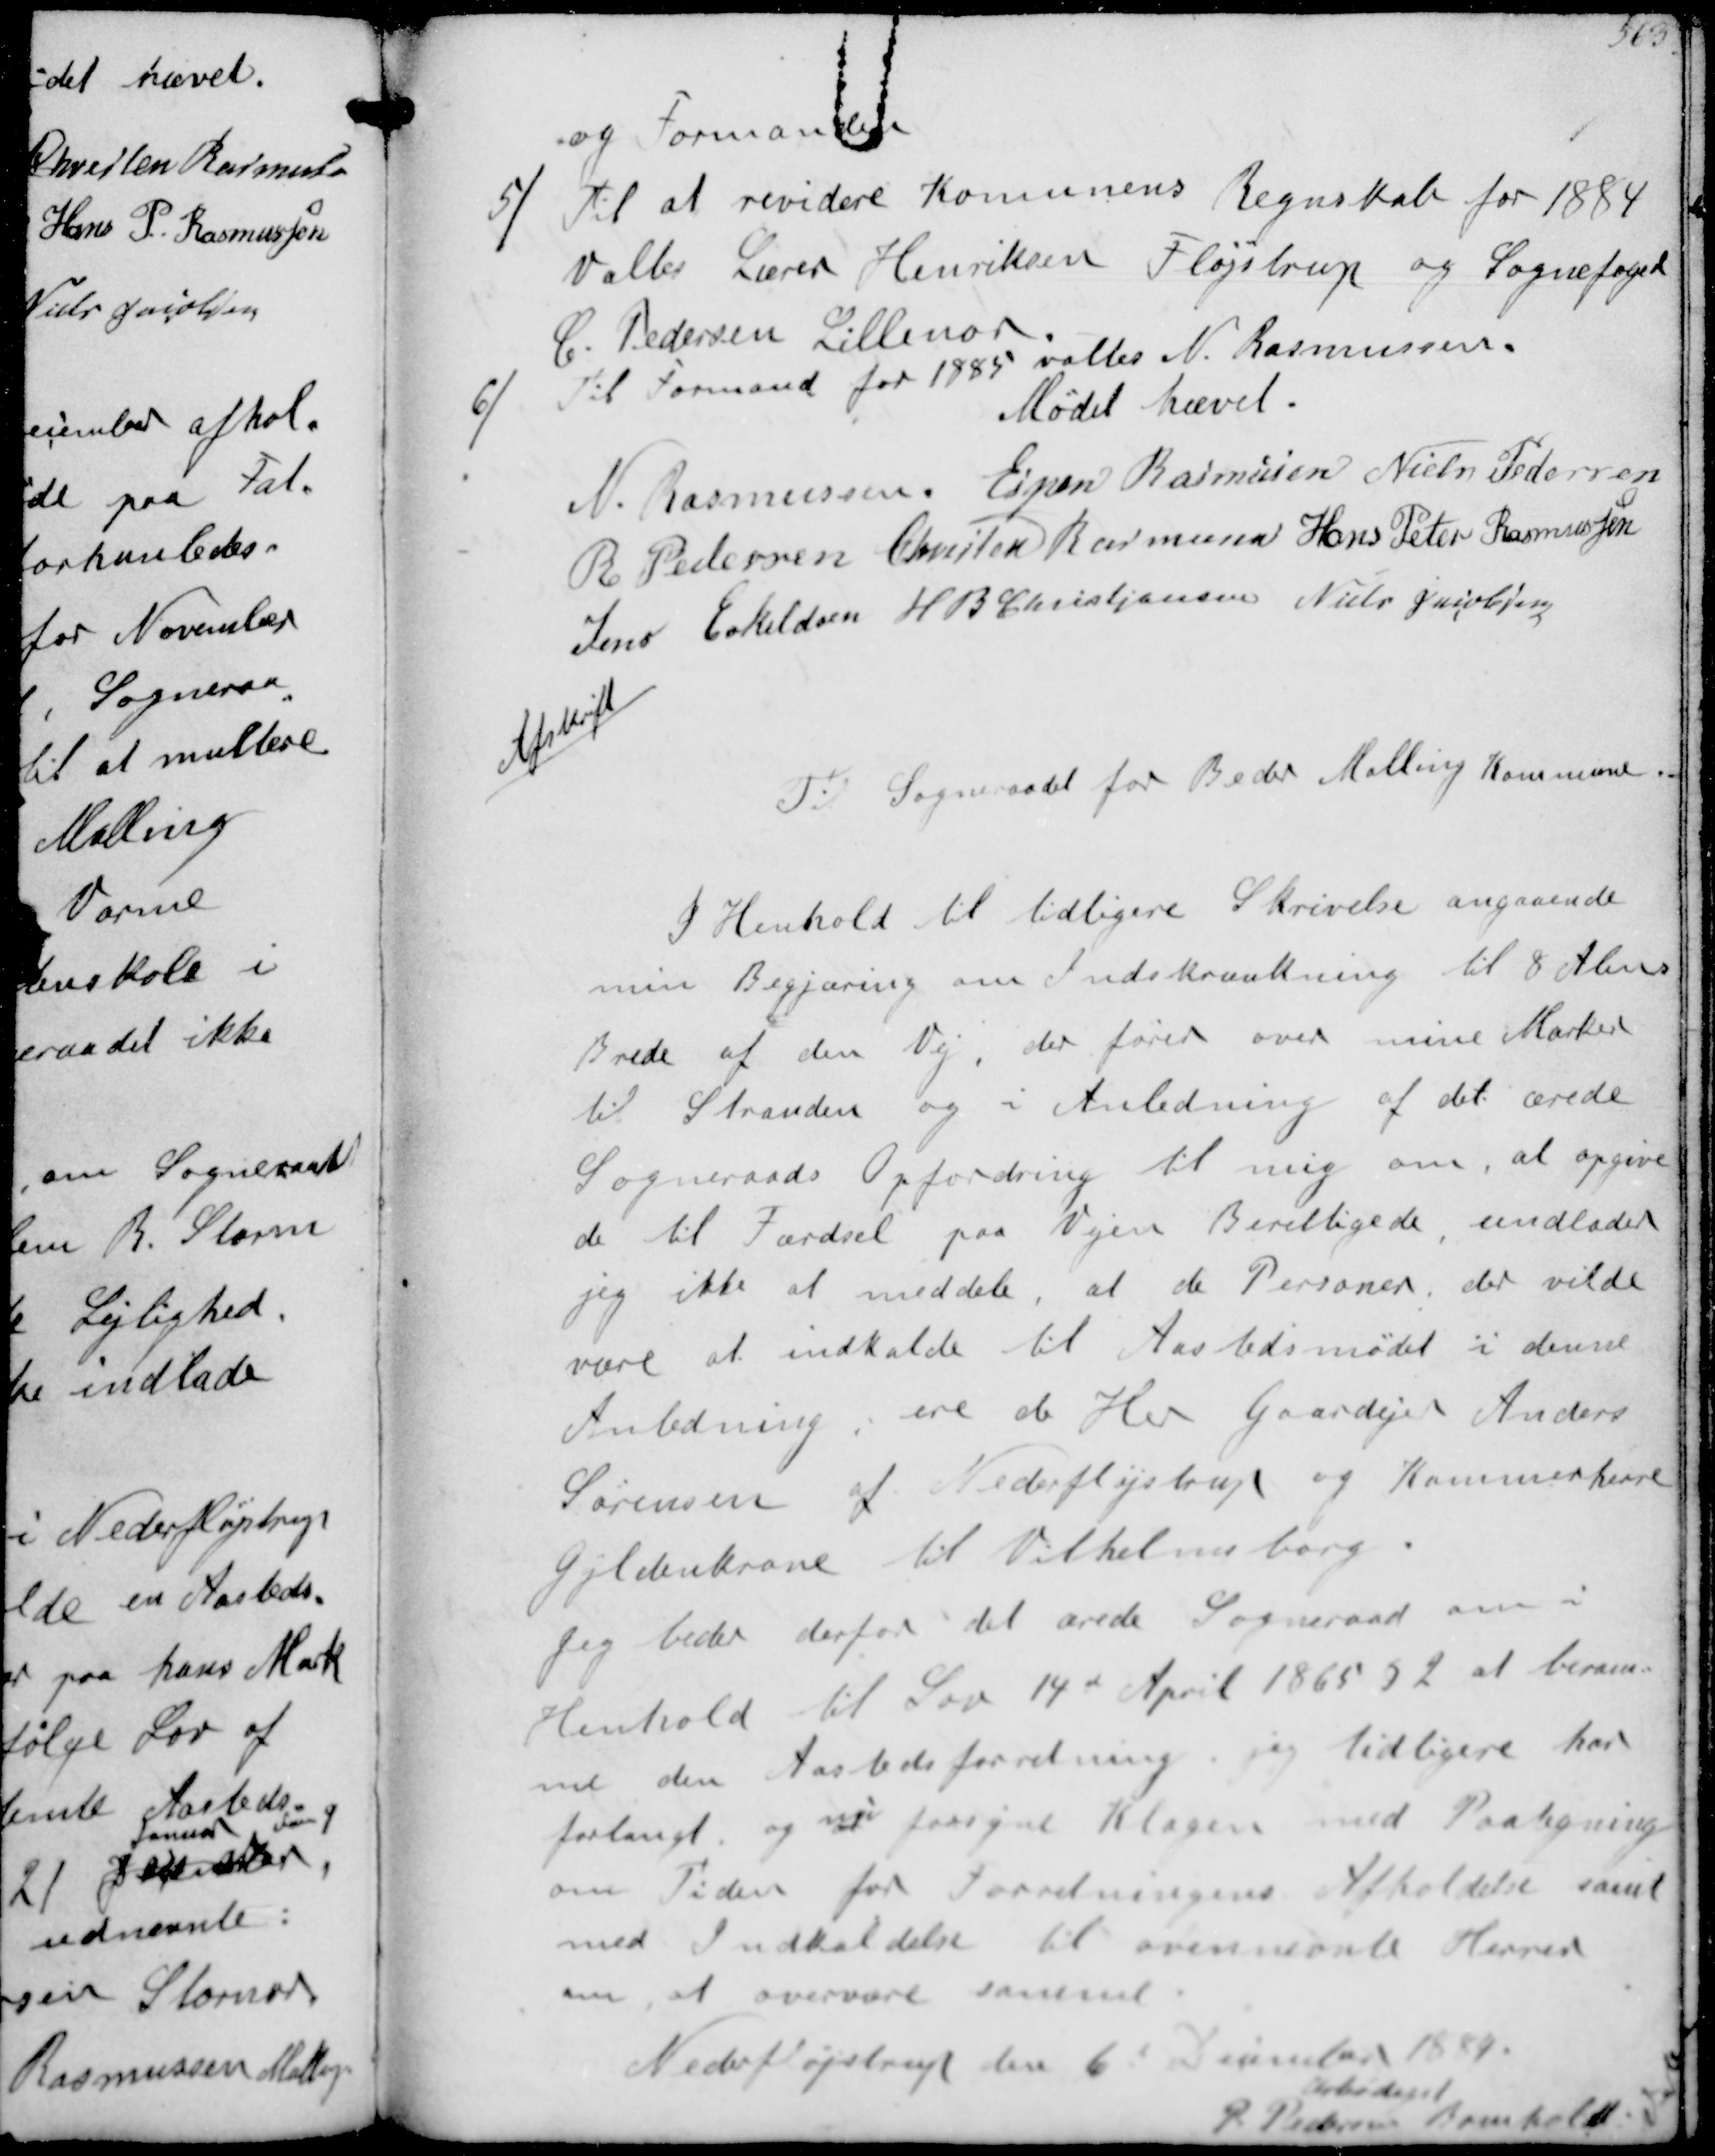
Transskription:
og Formanden
5/
Til ar revidere Kommunens Regnskab for 1884
Valtes Lærer Henriksen Fløjstrup og Sognefoged
C Pedersen Lillenor
6/
Til Formand for 1885 valtes N Rasmussen
Mødet hævet
N Rasmussen
Espen Rasmussen
Niels Pedersen
R Pedersen
Christen Rasmussen
Hans Peter Rasmussen
Jens Eskeldsen
H B Christjansen
Niels Jacobsen

Afskrift

Til Sogneraadet for Beder Malling Kommune

I Henhold til tidligere Skrivelse angaaende
min Begjæring om Indskrænkning til 8 Alen
Brede af den Vej, der fører over mine Marker
til Stranden og i Anledning af det ærede
Sogneraads Opfordring til mig om at opgive
de til Færdsel paa Vejen Berettigede, undlader
jeg ikke at meddele, at de Personer, der vilde
være at indkalde til Aastedsmødet i denne
Anledning , ere de Her Gaardejer Anders
Sørensen af Nederfløjstrup og Kammerherre
Gyldenkrone til Vilhelmsborg
Jeg beder derfor det ærede Sogneraad om i
Henhold til Lov 14d April 1865 at beram-
me den Aastedsforretning jeg tidligere har
forlangt og nu forsyne Klagen med Paategning
om Tiden for Forretningens Afholdelse samt
med Indkaldelse til ovennævnte Herrer
om at overvære samme
Nederfløjstrup den 6t December 1884
Ærbødigst
P Pedersen Bomholdt